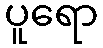
ပူရော